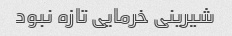
شیرینی خرمایی تازه نبود